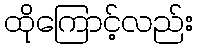
ထိုကြောင့်လည်း